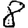
Digit: 8